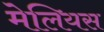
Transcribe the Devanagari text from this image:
मेलियस